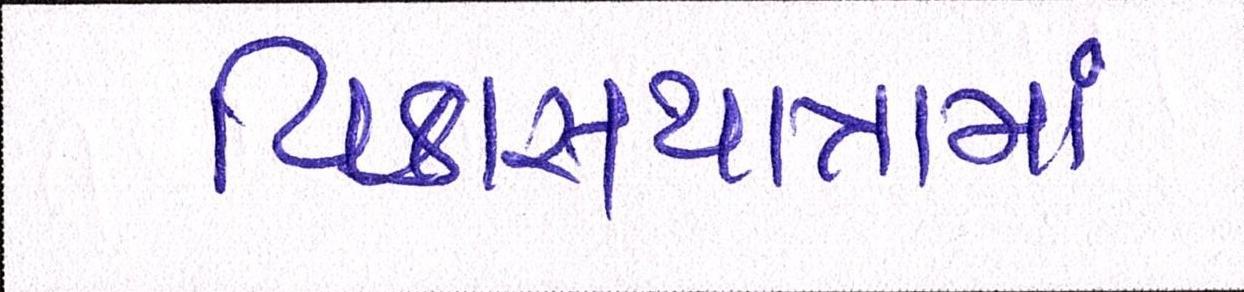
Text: વિકાસયાત્રામાં